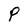
Character: P